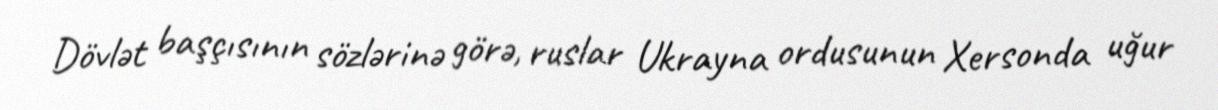
Dövlət başçısının sözlərinə görə, ruslar Ukrayna ordusunun Xersonda uğur